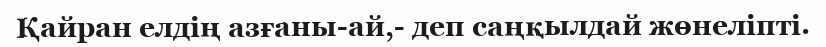
Қайран елдің азғаны-ай,- деп саңқылдай жөнеліпті.